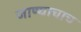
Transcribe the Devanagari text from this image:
जाण्याचाच